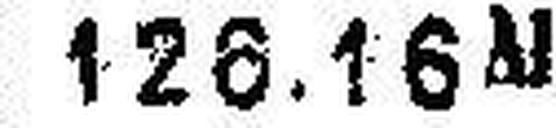
126.16 M